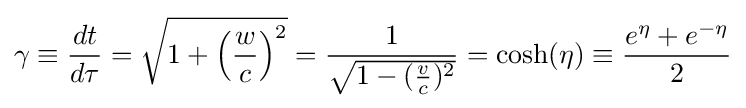
\gamma \equiv {\frac {dt}{d\tau }}={\sqrt {1+\left({\frac {w}{c}}\right)^{2}}}={\frac {1}{\sqrt {1-({\frac {v}{c}})^{2}}}}=\cosh(\eta )\equiv {\frac {e^{\eta }+e^{-\eta }}{2}}